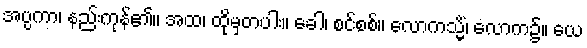
အပ္ပကာ၊ နည်းကုန်၏။ အထ၊ ထိုမှတပါး။ ခေါ၊ စင်စစ်။ လောကသ္မိံ၊ လောက၌။ ယေ